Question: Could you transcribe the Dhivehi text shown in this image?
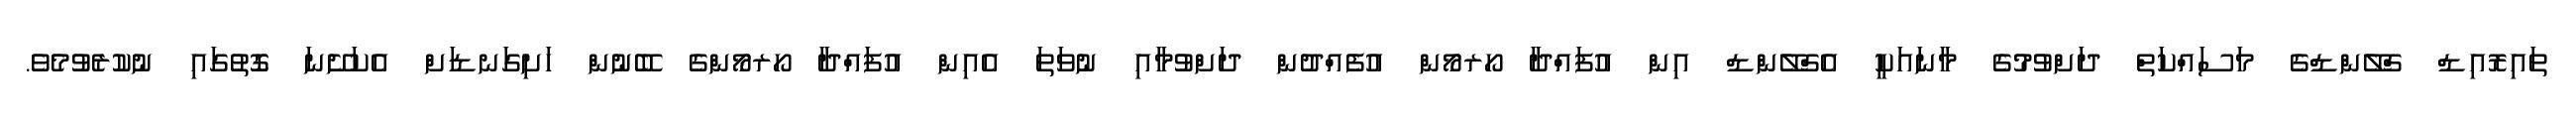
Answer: ތައިރޮއިޑް ގްލޭންޑްގެ މަސައްކަތް ދަށްވުމުގެ މާނައަކީ އެގްލޭންޑް އިން އުފައްދާ ހޯރމޯން އުފެއްދުން ދަށްވުމާއި ނުވަތަ އެއިން އުފައްދާ ހޯރމޯންގެ ބޭނުން ހަށިގަނޑަށް އެކަށޭނަ ގޮތުގައި ނުކުރެވުމެވެ.